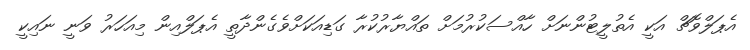
އެޕަލްވޮޗް އަކީ އެތުލީޓުންނަށް ހާއްސަކުރުމަށް ތައްޔާރުކުރާ ގަޑިއަކަށްވެގެންދާތީ އެޕަލްއިން މިއަހަރު ވަނީ ނައިކީ